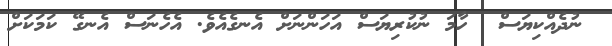
ނުދެއްކިޔަސް  ހާމަ ނުކުރިޔަސް އަހަންނަށް އެނގެއެވެ. އެހެނަސް އެނގޭ ކަމަކަށް